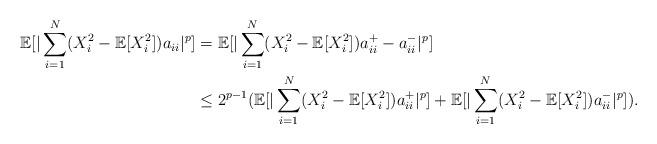
LaTeX: \begin{align*} \mathbb{E}[|\sum_{i=1}^N (X_i^2 - \mathbb{E}[X_i^2])a_{ii}|^p] & = \mathbb{E}[|\sum_{i=1}^N (X_i^2 - \mathbb{E}[X_i^2])a_{ii}^+ - a_{ii}^-|^p] \\ & \le 2^{p-1} (\mathbb{E}[|\sum_{i=1}^N (X_i^2 - \mathbb{E}[X_i^2])a_{ii}^+|^p] + \mathbb{E}[|\sum_{i=1}^N (X_i^2 - \mathbb{E}[X_i^2])a_{ii}^-|^p]). \end{align*}